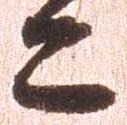
又